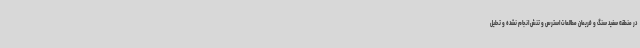
در منطقه سفید سنگ و فریمان مطالعات استرس و تنش انجام نشده و تحلیل